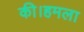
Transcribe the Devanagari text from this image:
की।हमला